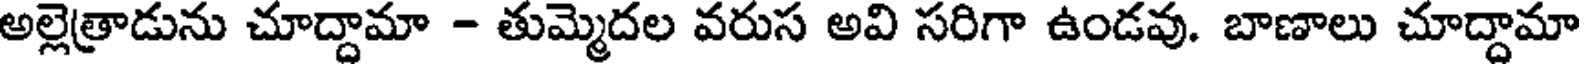
అల్లెత్రాడును చూద్దామా - తుమ్మెదల వరుస అవి సరిగా ఉండవు. బాణాలు చూద్దామా